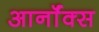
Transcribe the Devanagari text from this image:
आर्नॉक्स